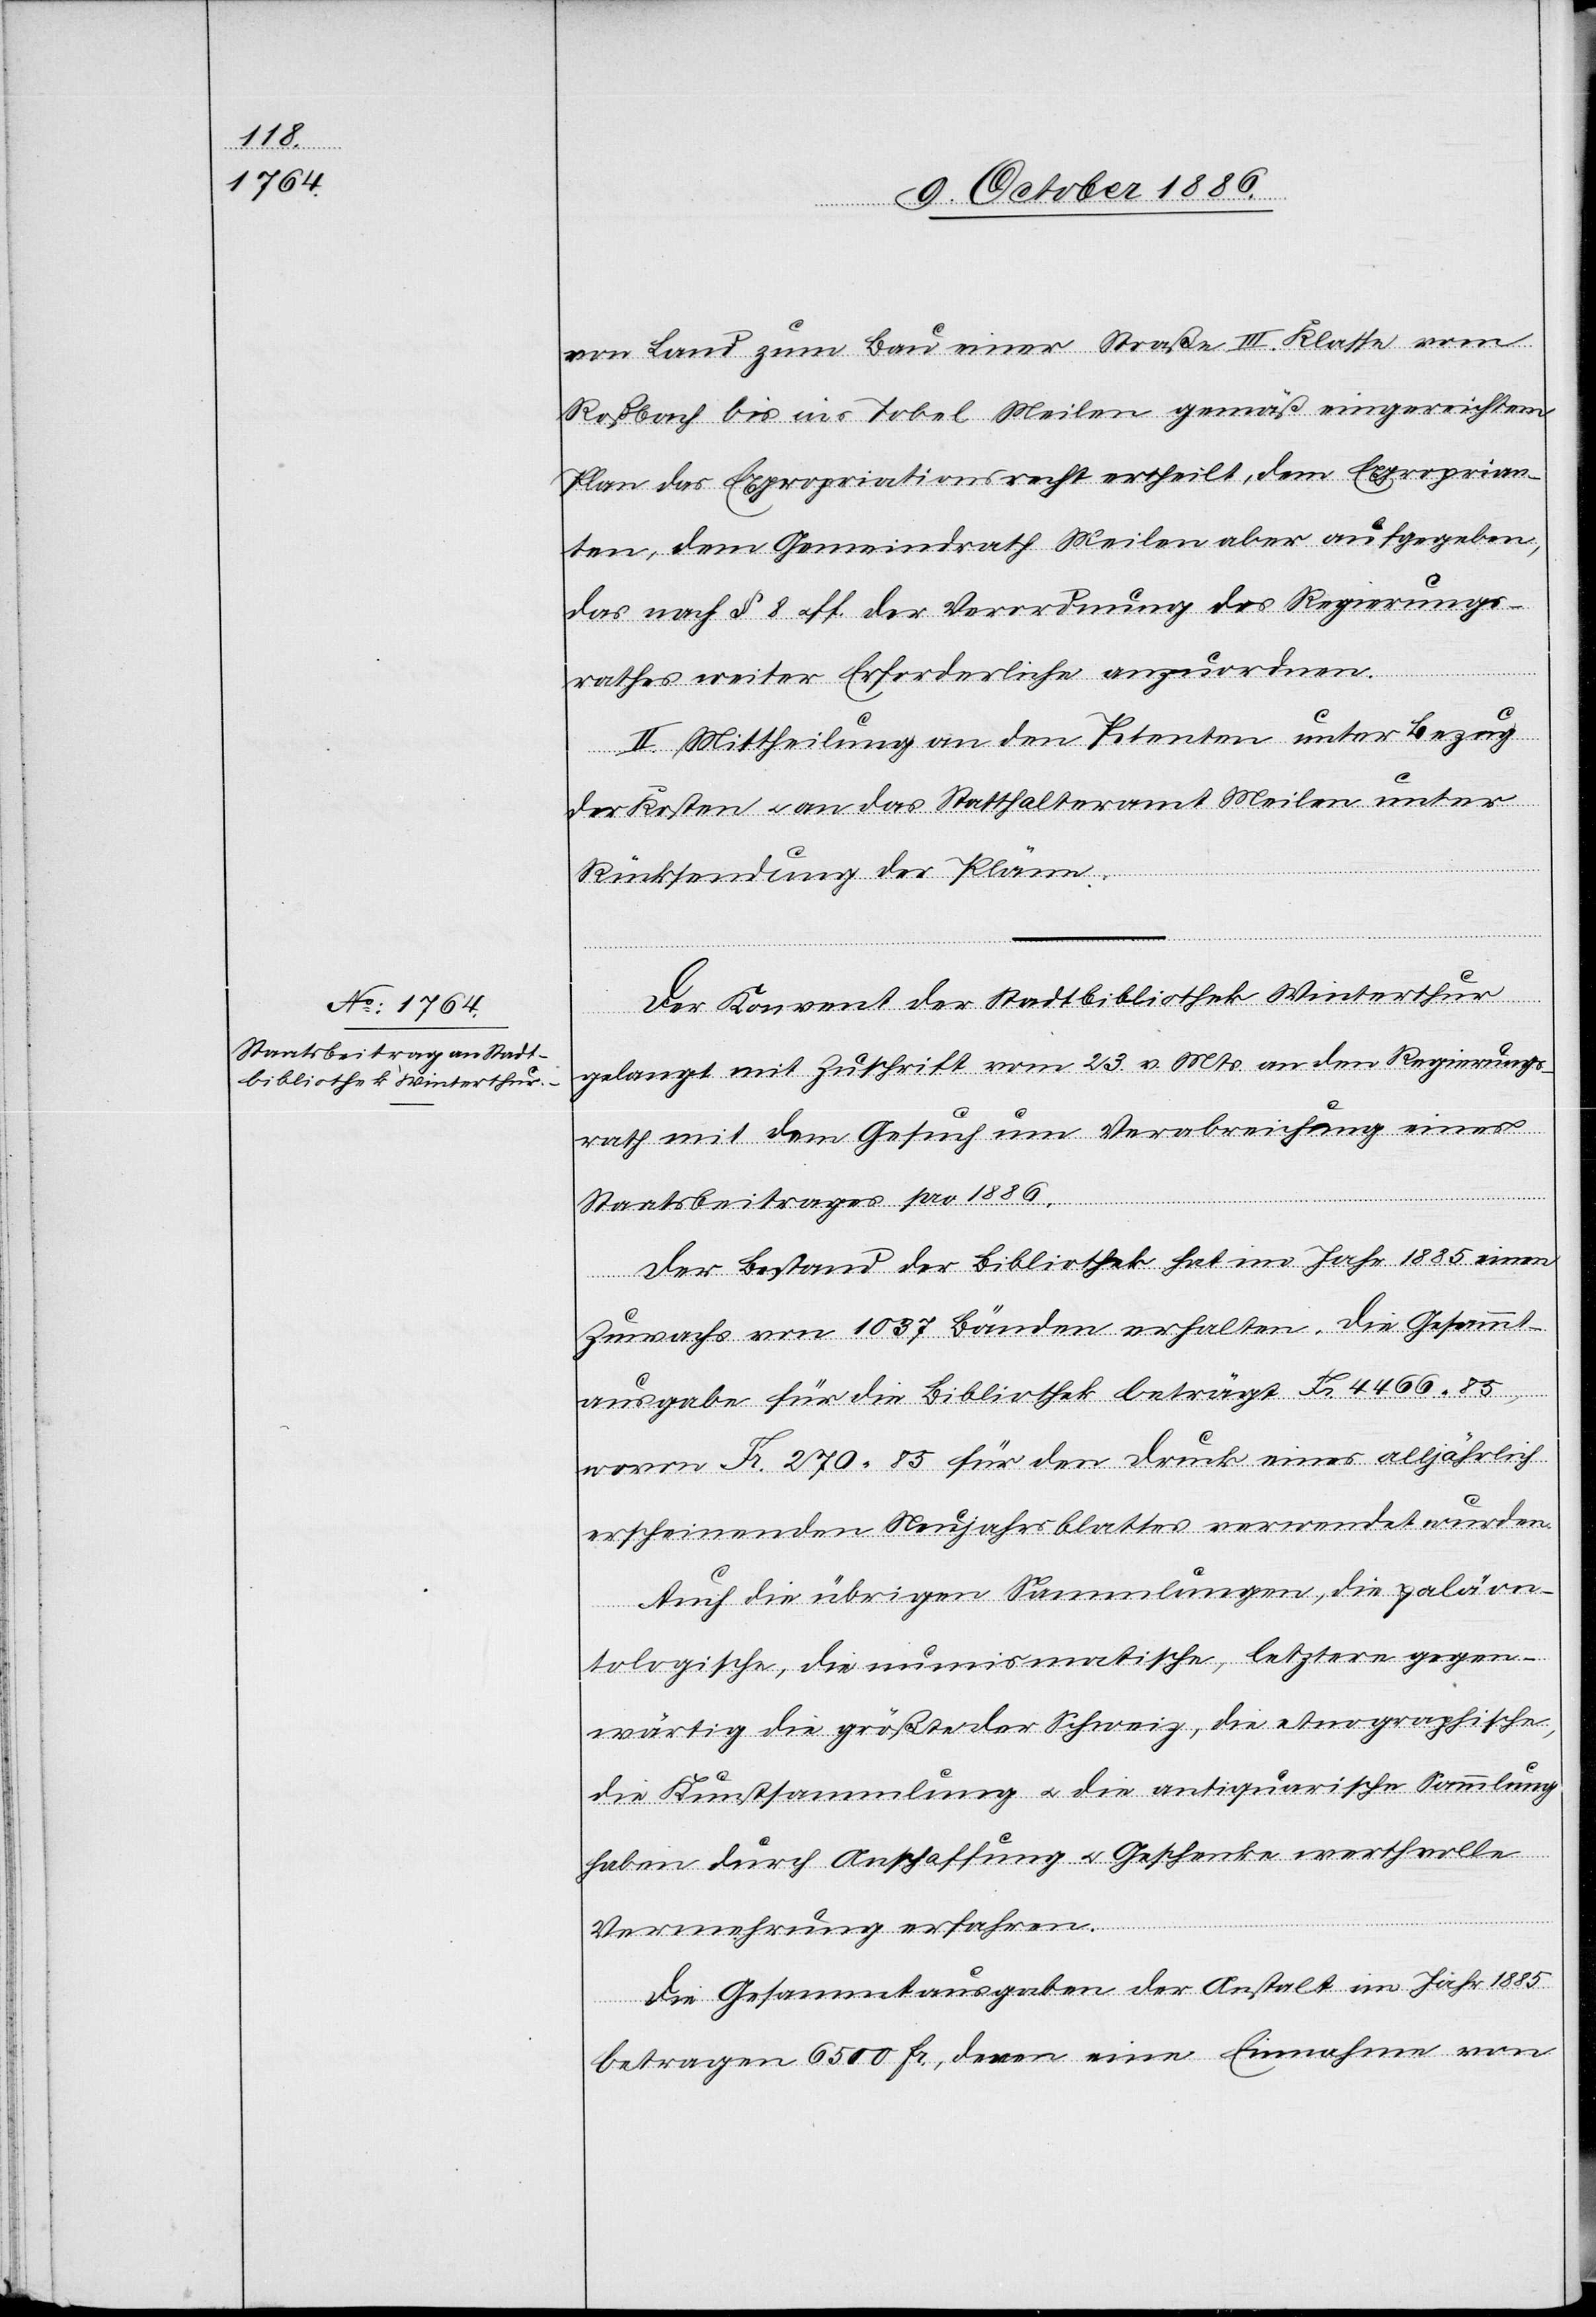
von Land zum Bau einer Straße III. Klasse vom
Roßbach bis ins Tobel Meilen gemäß eingereichtem
Plan das Expropriationsrecht ertheilt, dem Exproprian¬
ten, dem Gemeindrath Meilen aber aufgegeben,
das nach § 8 & ff. der Verordnung des Regierungs¬
rathes weiter Erforderliche anzuordnen.
II. Mittheilung an den Petenten unter Bezug
der Kosten & an das Statthalteramt Meilen unter
Rücksendung der Pläne.
Der Konvent der Stadtbibliothek Winterthur
gelangt mit Zuschrift vom 23. v. Mts. an den Regierungs¬
rath mit dem Gesuch um Verabreichung eines
Staatsbeitrages pro 1886.
Der Bestand der Bibliothek hat im Jahr 1885 einen
Zuwachs von 1037 Bänden erhalten. Die Gesammt¬
ausgabe für die Bibliothek beträgt Fr. 4466 85,
wovon Fr. 270 85 für den Druck eines alljährlich
erscheinenden Neujahrsblattes verwendet wurden.
Auch die übrigen Sammlungen, die paläon¬
tologische, die numismatische, letztere gegen¬
wärtig die größte der Schweiz, die etnographische
die Kunstsammlung & die antiquarische Sammlung
haben durch Anschaffung & Geschenke werthvolle
Vermehrung erfahren.
Die Gesammtausgaben der Anstalt im Jahr 1885
betragen 6500 Fr., denen eine Einnahme von